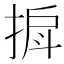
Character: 𫽒